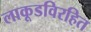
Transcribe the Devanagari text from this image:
लाकूडविरहित